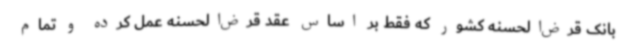
بانک قرض‌الحسنه کشور که فقط بر اساس عقد قرض‌الحسنه عمل کرده و تمام